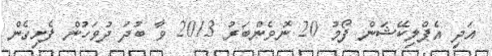
އަދި އެޕްލިކޭޝަން ފޯމު 20 ނޮވެންބަރު 2013 ވާ ބުދަ ދުވަހުން ފެށިގެން